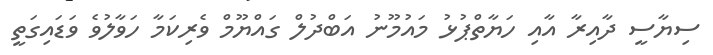
ސިޔާސީ ދާއިރާ އާއި ހަޔާތްޕުޅު މައުމޫނު އަބްދުލް ގައްޔޫމް ވެރިކަމާ ހަވާލުވެ ވަޑައިގަތީ